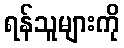
ရန်သူများကို